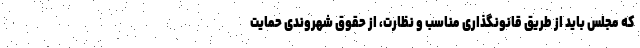
که مجلس باید از طریق قانونگذاری مناسب و نظارت، از حقوق شهروندی حمایت